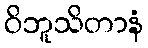
ဝိဘူသိတာနံ